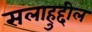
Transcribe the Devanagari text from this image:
सलाहुद्दील